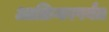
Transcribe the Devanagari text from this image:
आफ्रिकापर्यंत